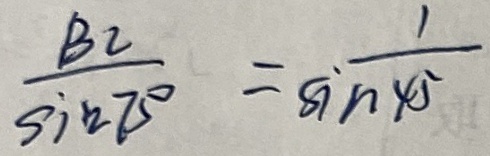
\frac { B C } { \sin 7 5 ^ { \circ } } = \frac { 1 } { \sin 4 5 }